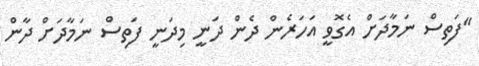
"ފަތިސް ނަމާދަށް އެގޮވީ އަހަރެން ދެން ދަނީ މިދަނީ ފަތިސް ނަމާދަށް ދާން